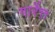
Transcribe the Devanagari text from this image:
गारेंत्त